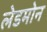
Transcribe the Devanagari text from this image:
लेडमोन